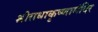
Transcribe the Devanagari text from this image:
श्रीराधाकृष्णामंदिर